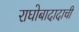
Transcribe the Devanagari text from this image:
राघोबादादाची